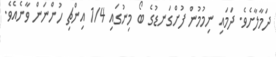
ދަމާލާށެވެ. ދަމައި ނިމުމުން ފުށްގަނޑުގެ ބޯ މިނުގައި 1/4 އިންޗި ހުންނަން ވާނެއެވެ.